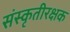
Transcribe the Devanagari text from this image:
संस्कृतीरक्षक